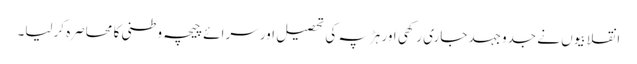
انقلابیوں نے جدوجہد جاری رکھی اور ہڑپہ کی تحصیل اور سرائے چیچہ وطنی کا محاصرہ کرلیا۔